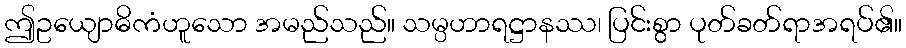
ဤဥယျောဓိကံဟူသော အမည်သည်။ သမ္ပဟာရဋ္ဌာနဿ၊ ပြင်းစွာ ပုတ်ခတ်ရာအရပ်၏။